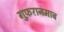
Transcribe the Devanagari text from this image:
गुफ़रानमाब